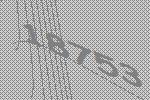
18753